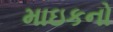
માઇકનો